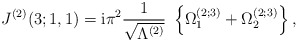
\begin{align*}J^{(2)}(3;1,1) = \mbox{i} \pi^2 \frac{1}{\sqrt{\Lambda^{(2)}}} \;\left\{ \Omega_1^{(2;3)} + \Omega_2^{(2;3)} \right\} ,\end{align*}